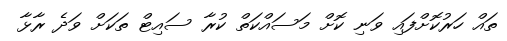
ތައް ހަރުކޮށްފައި ވަނި ކޮށް މަސައްކަތް ކުރާ ސައިޓް ތަކަށް ވަދެ ރާޅާ